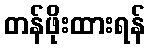
တန်ဖိုးထားရန်